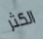
الكثر